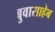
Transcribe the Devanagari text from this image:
बुवासाहेब